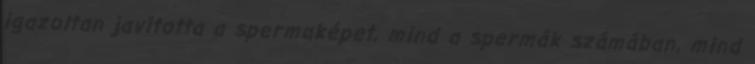
igazoltan javította a spermaképet, mind a spermák számában, mind